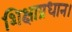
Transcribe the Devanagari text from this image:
शिक्षाप्रधान।